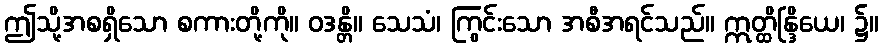
ဤသို့အစရှိသော စကားတို့ကို။ ဝဒန္တိ။ သေသံ၊ ကြွင်းသော အစီအရင်သည်။ ဣတ္ထိန္ဒြိယေ၊ ၌။